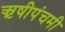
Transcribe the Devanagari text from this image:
ऋषीपंचमी